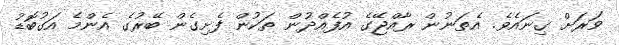
ވަރަށް ގިނައެވެ. އެތަނުން ރާއްޖޭގެ އުފެއްދުން ތަކުން ފެށިގެން ބޭރުގެ އެންމެ އަގުބޮޑު